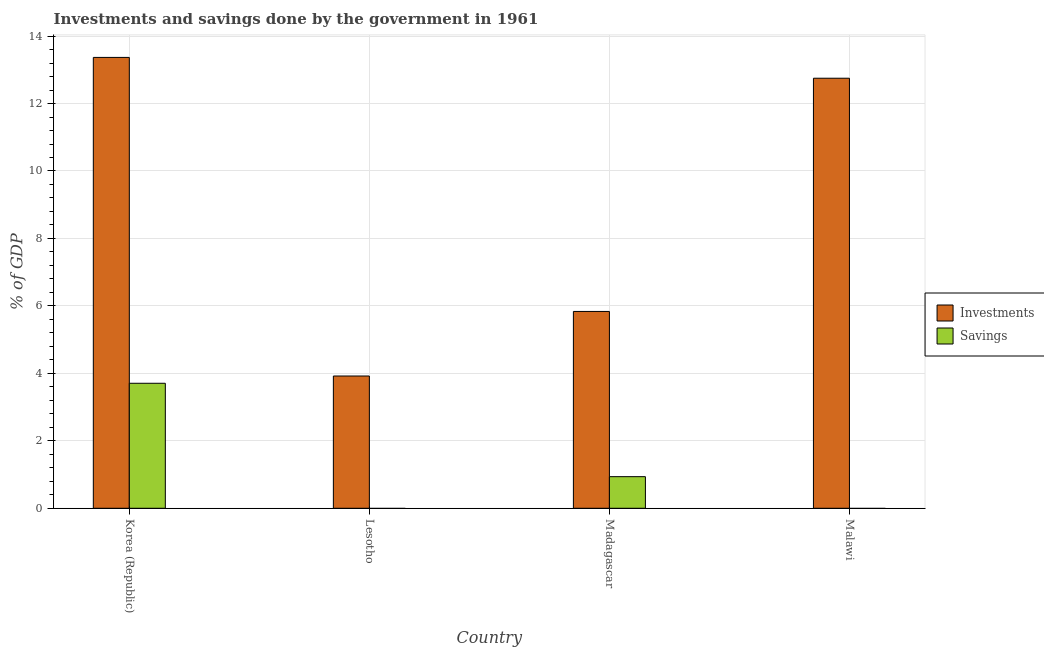
| Country | Investments | Savings |
 | --- | --- | --- |
 | Korea (Republic) | 13.4 | 3.71 |
 | Lesotho | 3.92 | -29 |
 | Madagascar | 5.84 | 0.937 |
 | Malawi | 12.8 | -2.81 |